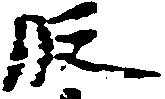
段